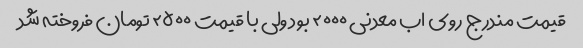
قیمت مندرج روی اب معدنی ۲۰۰۰ بود ولی با قیمت ۲۵۰۰ تومان فروخته شد